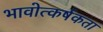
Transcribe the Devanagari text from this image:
भावोत्कर्षकता